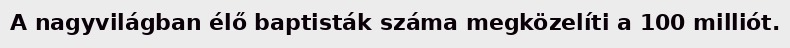
A nagyvilágban élő baptisták száma megközelíti a 100 milliót.